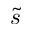
\tilde { s }